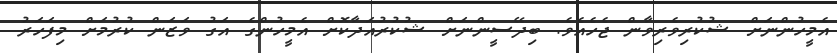
އެމީހުންނަށް ޝުކުރިވެރިވާން ޖެހެއެވެ. ބިދޭސީންނަށް ޝުކުރުއަދާކޮށް އެމީހުންގެ އަގު ވަޒަން ކުރުމަށް މިފަހަރު